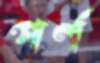
পর্ণ